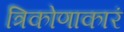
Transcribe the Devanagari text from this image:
त्रिकोणाकारं